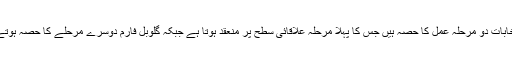
یہ انتخابات دو مرحلہ عمل کا حصہ ہیں جس کا پہلا مرحلہ علاقائی سطح پر منعقد ہوتا ہے جبکہ گلوبل فارم دوسرے مرحلے کا حصہ ہوتے ہیں۔